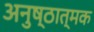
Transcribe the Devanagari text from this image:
अनुष्ठात्मक